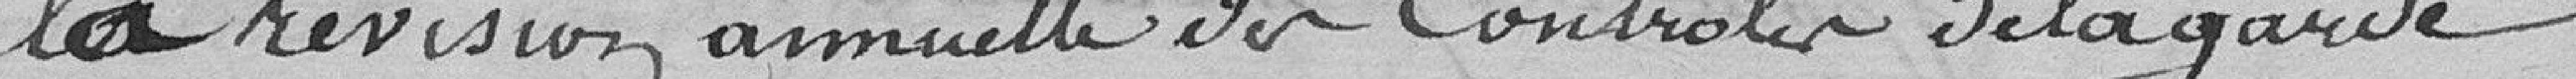
la révision annuelle des contrôles de la garde